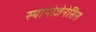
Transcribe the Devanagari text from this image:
स्यापोजेनेसिस